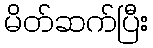
မိတ်ဆက်ပြီး